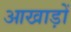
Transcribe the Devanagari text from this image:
आखाड़ों